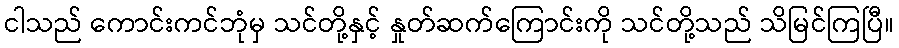
ငါသည် ကောင်းကင်ဘုံမှ သင်တို့နှင့် နှုတ်ဆက်ကြောင်းကို သင်တို့သည် သိမြင်ကြပြီ။